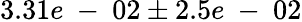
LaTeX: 3.31e\mathrm{~-~}02\pm 2.5e\mathrm{~-~}02